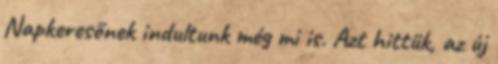
Napkeresőnek indultunk még mi is. Azt hittük, az új